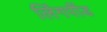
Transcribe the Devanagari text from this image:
लिंगपींड